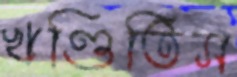
খণ্ডিতিস